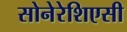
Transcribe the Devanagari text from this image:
सोनेरेशिएसी